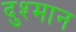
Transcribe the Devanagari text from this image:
दुश्मान